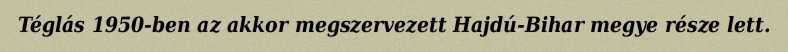
Téglás 1950-ben az akkor megszervezett Hajdú-Bihar megye része lett.